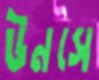
উনসে